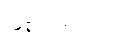
ဖြစ်ပါတယ်။